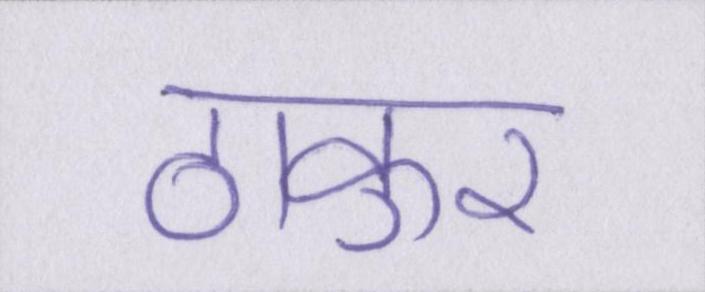
ठाकुर